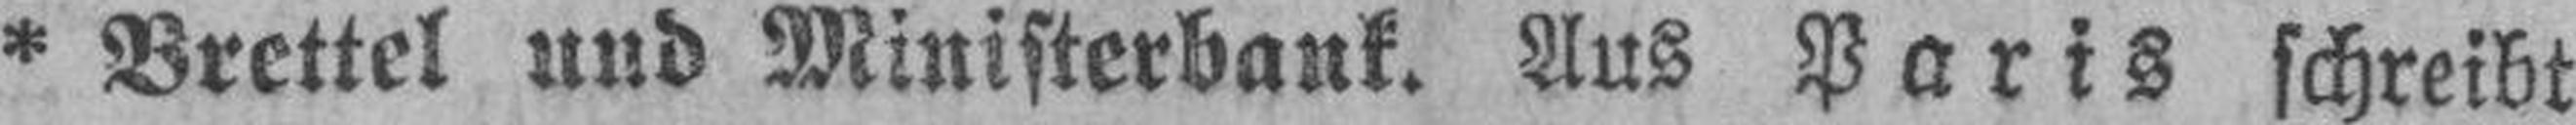
* Brettel und Ministerbank. Aus Paris schreibt